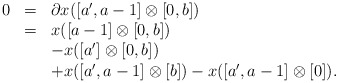
\begin{align*} \begin{array}{llll} 0&=&\partial x([a',a-1]\otimes [0,b]) \\ &=&x([a-1]\otimes [0,b])\\ &&-x([a']\otimes [0,b])& \\ &&+x([a',a-1]\otimes [b])-x([a',a-1]\otimes [0]).& \end{array} \end{align*}